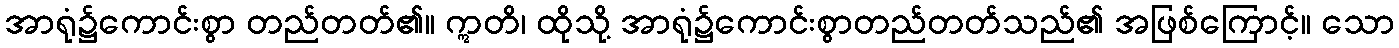
အာရုံ၌ကောင်းစွာ တည်တတ်၏။ ဣတိ၊ ထိုသို့ အာရုံ၌ကောင်းစွာတည်တတ်သည်၏ အဖြစ်ကြောင့်။ သော